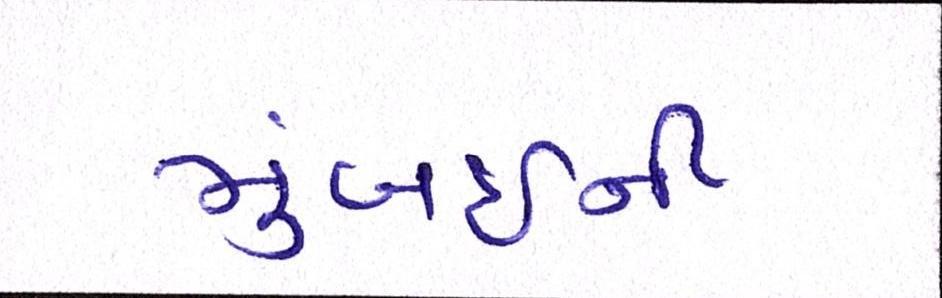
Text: મુંબઈની